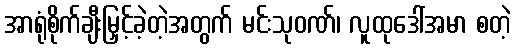
အာရုံစိုက်ချီးမြှင့်ခဲ့တဲ့အတွက် မင်းသုဝဏ်၊ လူထုဒေါ်အမာ စတဲ့